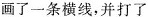
画了一条横线，并打了